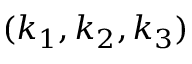
( k _ { 1 } , k _ { 2 } , k _ { 3 } )